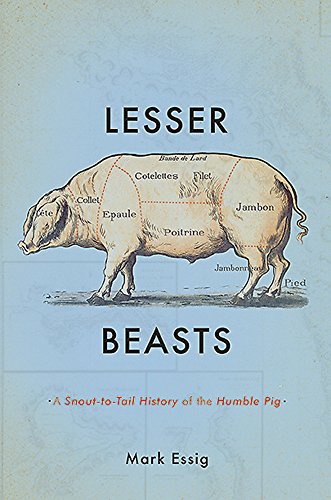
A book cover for Lesser Beasts: A Snout-to-Tail History of the Humble Pig; Mark Essig; Cookbooks, Food & Wine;